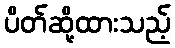
ပိတ်ဆို့ထားသည့်